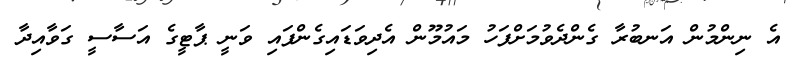
އެ ނިންމުން އަނބުރާ ގެންދެވުމަށްފަހު މައުމޫން އެދިވަޑައިގެންފައި ވަނީ ޕާޓީގެ އަސާސީ ގަވާއިދާ